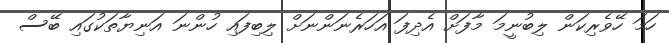
ހަމަ ހޭވެރިކަން ލިބުނީމަ މާފަށް އެދިފަ އަހަރެނަންނަށް ލިބިފައި ހުންނަ އަނިޔާތަކުގައި ބޭސް